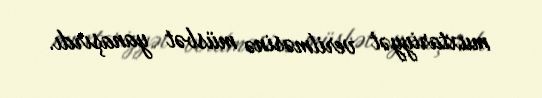
muxtariyyət verilməsinə müsbət yanaşırdı.